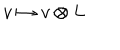
v \mapsto v \otimes L